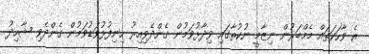
އެ ވާހަކަތައް މެމްބަރުން ނިޒާމީ ނުކުތާގައި ވިދާޅުވަމުން ގެންދެވިއިރު ހިނިފުޅުވަޑުވަމުން ގެންދެވި ޝާހިދު